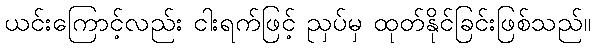
ယင်းကြောင့်လည်း ငါးရက်ဖြင့် ညှပ်မှ ထုတ်နိုင်ခြင်းဖြစ်သည်။